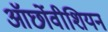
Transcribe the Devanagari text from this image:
ऑर्छोवीशियन